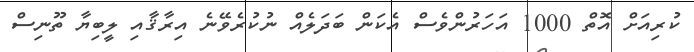
ކުރިއަށް އޮތް 1000 އަހަރުންވެސް އެކަން ބަދަލެއް ނުކުރެވޭނެ އިރާޤާއި ލީބިޔާ ތޫނިސް